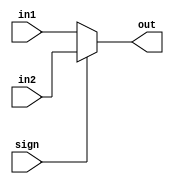
`timescale 1ns / 1ps


module mux2to1(
    input [31:0] in1,
    input [31:0] in2,
    input sign,
    output [31:0] out
    );
    //
    assign out = (sign == 0)? in1 : in2;
endmodule